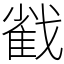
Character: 𢧵